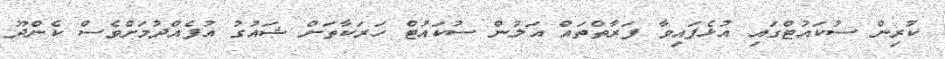
ކުރިން ސުކައުޓްގައި އުޅެފައިވާ ފަރާތްތައް އަލުން ސުކައުޓް ހަރަކާތަށް ޝައުގު އުފެއްދުމަށްވެސް ކެންދޫ